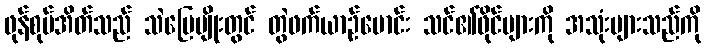
ဖုန်စုပ်အိတ်သည် သဲမြေမျိုးတွင် တွဲဖက်ယာဉ်မောင်း သင်၏ဖိုင်များကို အသုံးများသည်ကို